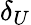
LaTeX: \delta_{U}